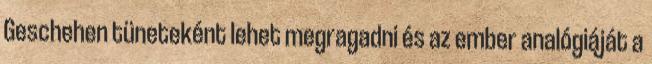
Geschehen tüneteként lehet megragadni és az ember analógiáját a